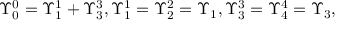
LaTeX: \Upsilon _ { 0 } ^ { 0 } = \Upsilon _ { 1 } ^ { 1 } + \Upsilon _ { 3 } ^ { 3 } , \Upsilon _ { 1 } ^ { 1 } = \Upsilon _ { 2 } ^ { 2 } = \Upsilon _ { 1 } , \Upsilon _ { 3 } ^ { 3 } = \Upsilon _ { 4 } ^ { 4 } = \Upsilon _ { 3 } ,